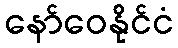
နော်ဝေနိုင်ငံ